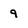
Character: 9